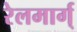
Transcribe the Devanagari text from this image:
रेलमार्ग्